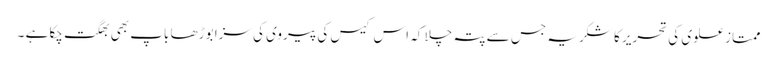
ممتاز علوی کی تحریر کا شکریہ جس سے پتہ چلا کہ اس کیس کی پیروی کی سزا بوڑھا باپ بھی بھگت چکا ہے ۔